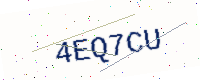
Text: 4EQ7CU